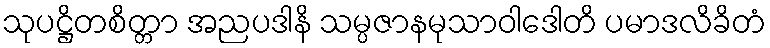
သုပဋ္ဌိတစိတ္တာ အညပဒါနိ သမ္ပဇာနမုသာဝါဒေါတိ ပမာဒလိခိတံ